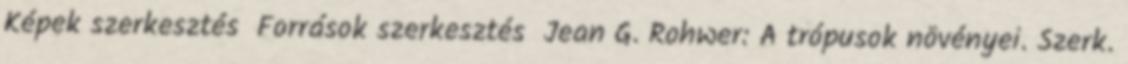
Képek szerkesztés Források szerkesztés Jean G. Rohwer: A trópusok növényei. Szerk.